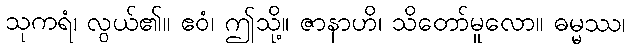
သုကရံ၊ လွယ်၏။ ဧဝံ၊ ဤသို့။ ဇာနာဟိ၊ သိတော်မူလော။ ဓမ္မဿ၊